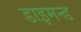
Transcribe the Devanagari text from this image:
डाइमन्ड